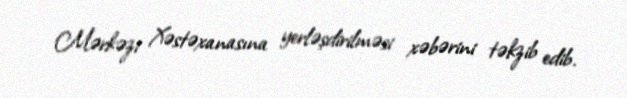
Mərkəzi Xəstəxanasına yerləşdirilməsi xəbərini təkzib edib.